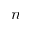
\boldsymbol { n }